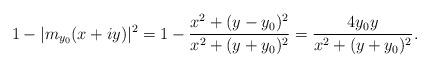
LaTeX: \begin{align*}1 - |m_{y_0}(x + iy)|^2 = 1 - \frac{x^2 + (y-y_0)^2}{x^2 + (y+y_0)^2}= \frac{4y_0y}{x^2 + (y+y_0)^2}.\end{align*}